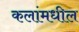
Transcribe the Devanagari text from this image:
कलांमधील